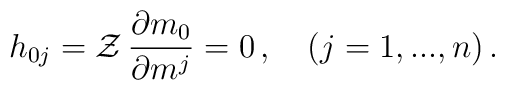
h_{0j} ={\cal Z}\,\frac{\partial m_0}{\partial m^j}=0\,,\quad (j=1,...,n)\,.